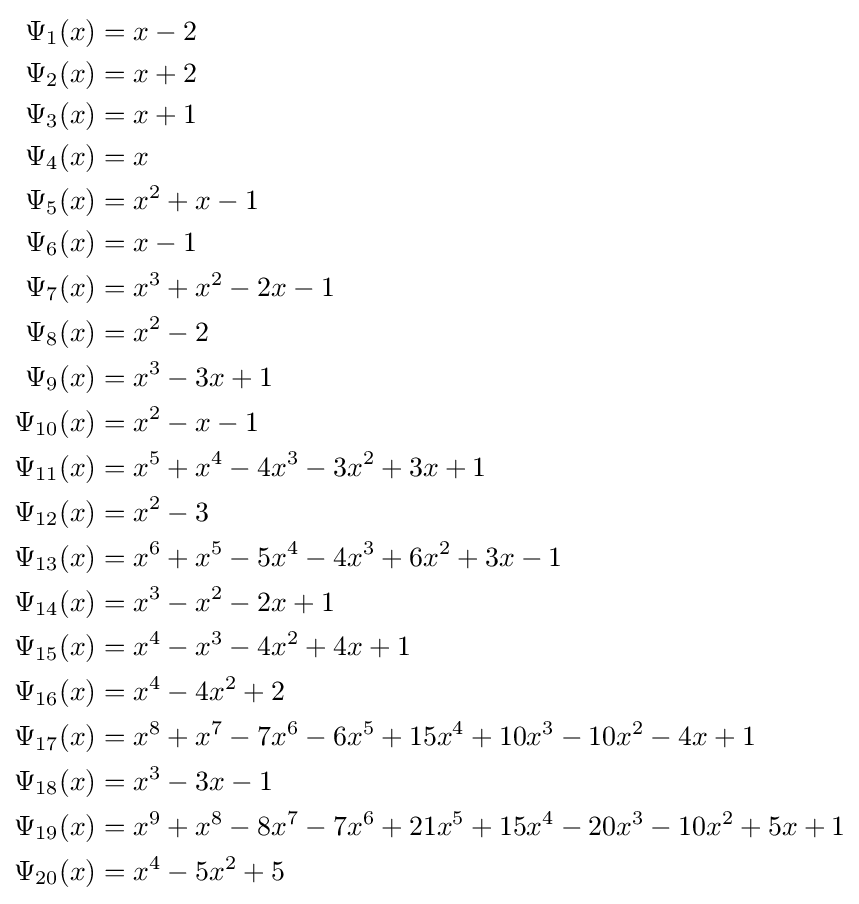
{\begin{aligned}\Psi _{1}(x)&=x-2\\\Psi _{2}(x)&=x+2\\\Psi _{3}(x)&=x+1\\\Psi _{4}(x)&=x\\\Psi _{5}(x)&=x^{2}+x-1\\\Psi _{6}(x)&=x-1\\\Psi _{7}(x)&=x^{3}+x^{2}-2x-1\\\Psi _{8}(x)&=x^{2}-2\\\Psi _{9}(x)&=x^{3}-3x+1\\\Psi _{10}(x)&=x^{2}-x-1\\\Psi _{11}(x)&=x^{5}+x^{4}-4x^{3}-3x^{2}+3x+1\\\Psi _{12}(x)&=x^{2}-3\\\Psi _{13}(x)&=x^{6}+x^{5}-5x^{4}-4x^{3}+6x^{2}+3x-1\\\Psi _{14}(x)&=x^{3}-x^{2}-2x+1\\\Psi _{15}(x)&=x^{4}-x^{3}-4x^{2}+4x+1\\\Psi _{16}(x)&=x^{4}-4x^{2}+2\\\Psi _{17}(x)&=x^{8}+x^{7}-7x^{6}-6x^{5}+15x^{4}+10x^{3}-10x^{2}-4x+1\\\Psi _{18}(x)&=x^{3}-3x-1\\\Psi _{19}(x)&=x^{9}+x^{8}-8x^{7}-7x^{6}+21x^{5}+15x^{4}-20x^{3}-10x^{2}+5x+1\\\Psi _{20}(x)&=x^{4}-5x^{2}+5\end{aligned}}